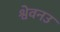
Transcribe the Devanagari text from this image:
श्वेवनउ